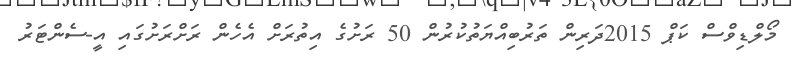
މޯލްޑިވްސް ކަޕް 2015ދަރިން ތަރުބިއްޔަތުކުރުން 50 ރަށުގެ އިތުރަށް އެހެން ރަށްރަށުގައި އީ-ސެންޓަރު